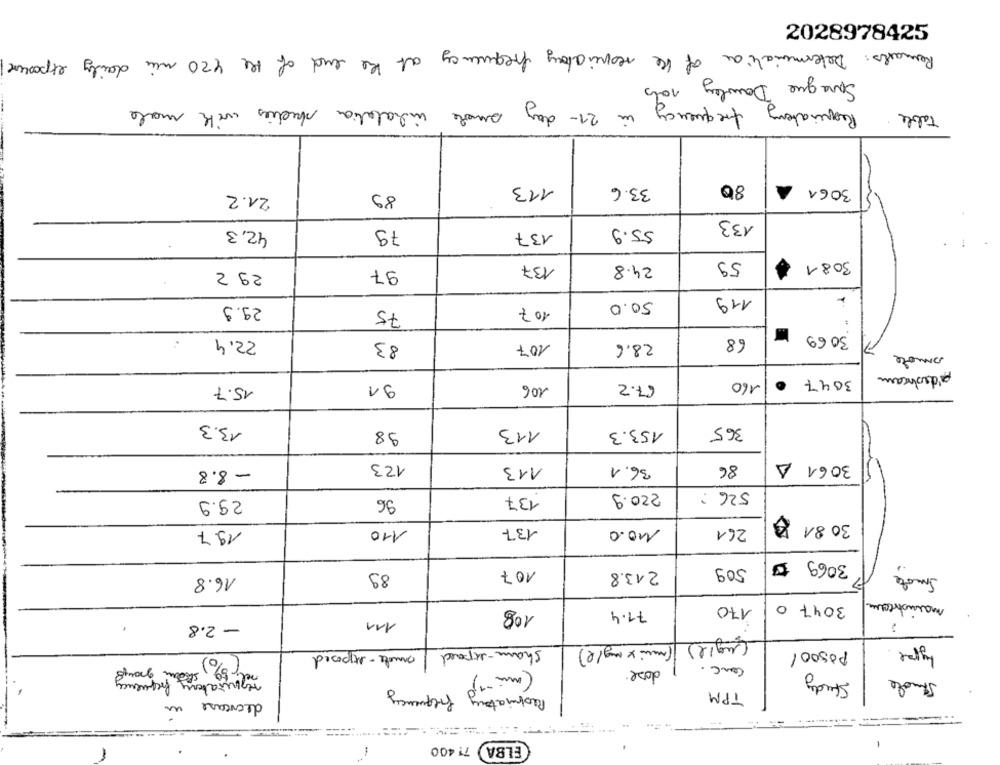
2028978425
Remarks : Determination of the respiratory frequency at the end of the 420 min daily exposure
10ts
Sara que Dowley
Requiatory frequency in 21- day smoke inhalation studies with male
Table
113
33.6
80
3061
21.2
89
133
42,3
79
55.9
137
137
24.8
59
3081
29 2
97
29.9
50.0
119
75
107
3069 -
68
22.4
83
28.6
107
smore
67.2
160
.
3047
15.7
91
106
13.3
113
365
98
153.3
123
113
36.1
86
3061 A
- 8.8
220.9
526 :
29.9
96
137
30.81 0
10.0
19.7
110
137
261
3069 ₺
89
107
213.8
509
Smoke
16.8
3047 0
mainstream
108
71.4
170
- 2.8
111
(ugie)
(min x mg/l)
type
Sham-expeed/ ande-exposed
Posool
(%)
cenc.
dose.
referiatory frequency
Study
Stuole
Respiratory frequency
TPM
decrease
...
.....
ELBA 71 400
-